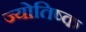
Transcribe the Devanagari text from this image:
ज्योतिष्क